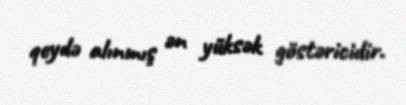
qeydə alınmış ən yüksək göstəricidir.